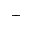
^ +